画像に写った文字を読んでください
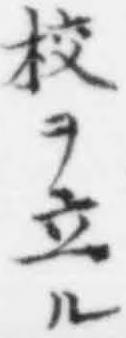
「校ヲ立ル」と書いてあります